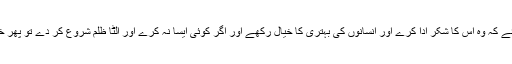
یعنی جب انسان پر خداتعالیٰ کے احسانات ہوں تو اس کو چاہئے کہ وہ اس کا شکر ادا کرے اور انسانوں کی بہتری کا خیال رکھے اور اگر کوئی ایسا نہ کرے اور الٹا ظلم شروع کر دے تو پھر خداتعالیٰ اس سے وہ نعمتیں چھین لیتا ہے اور عذاب کرتا ہے۔